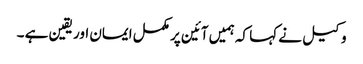
وکیل نے کہا کہ ہمیں آئین پر مکمل ایمان اور یقین ہے ۔